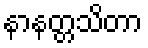
နာနတ္တသိတာ